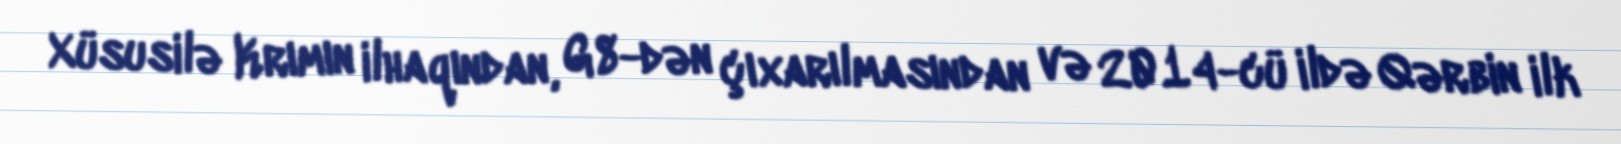
Xüsusilə Krımın ilhaqından, G8-dən çıxarılmasından və 2014-cü ildə Qərbin ilk